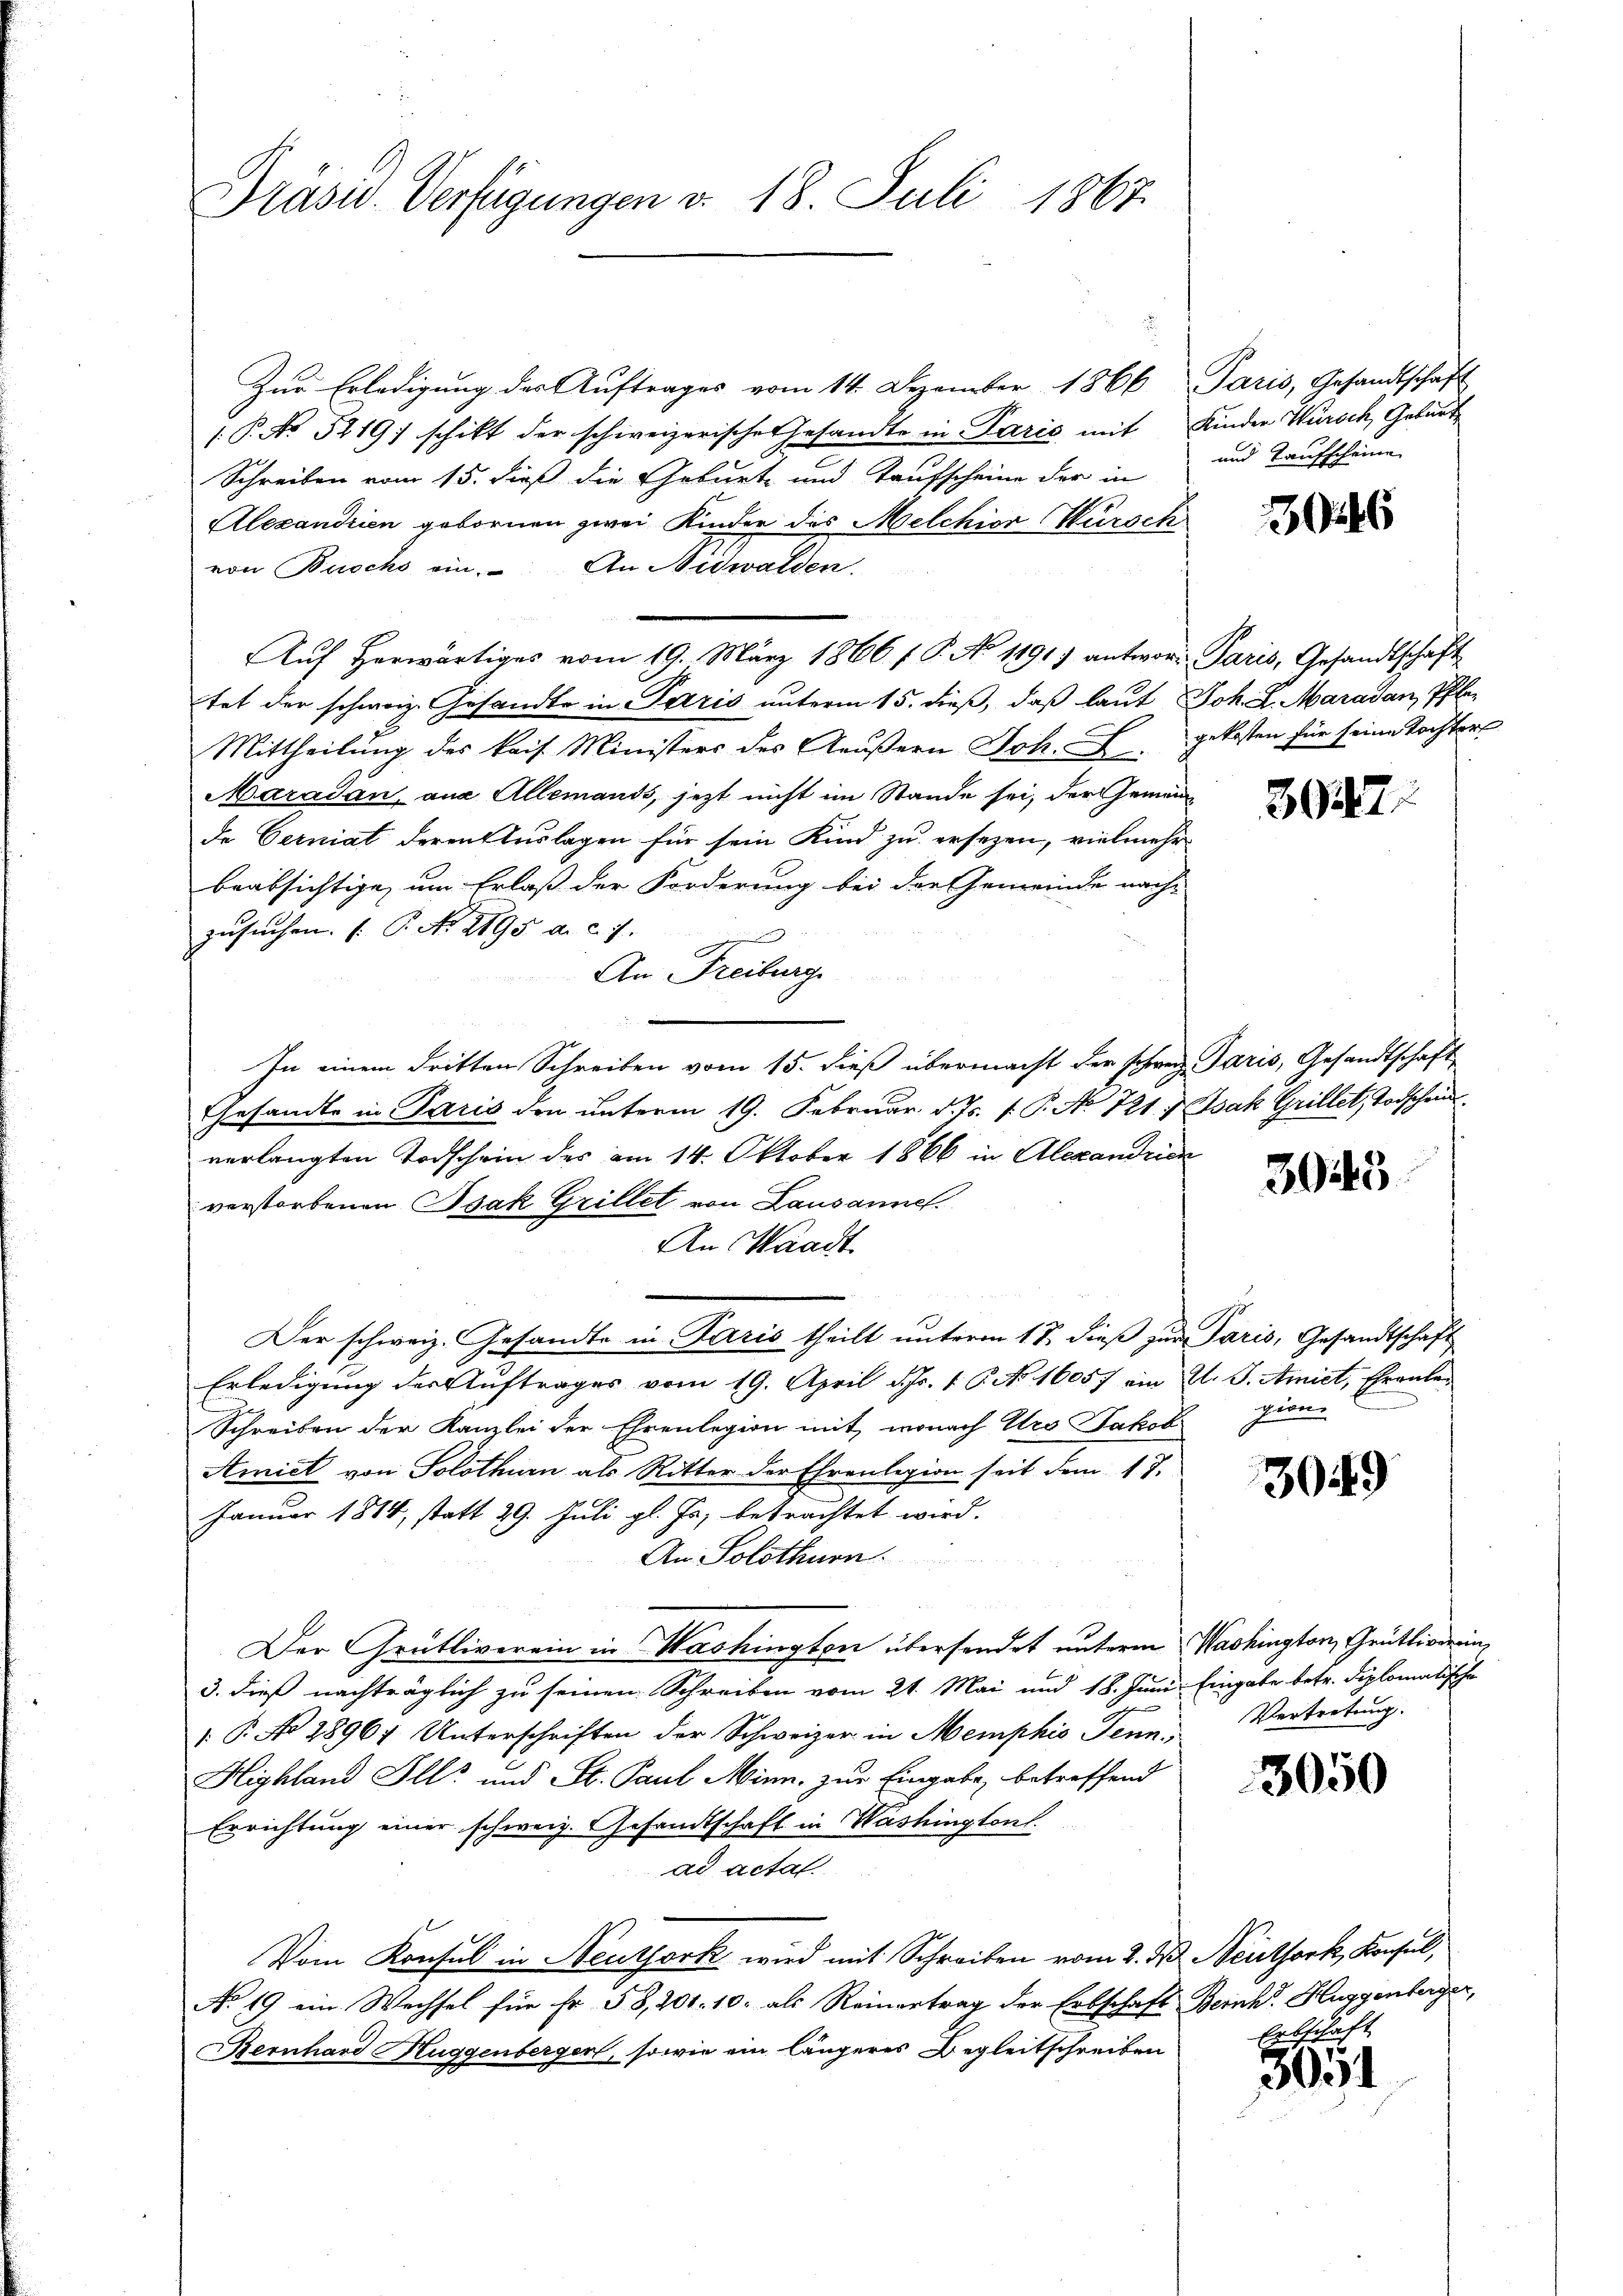
Präsid. Verfügungen v. 18. Juli 1867.

Zŭr Erledigŭng des Aŭftrages vom 14. Dezember 1866 Paris, Gesandtschaft
/. P. No 5219) schikt der schweizerische Gesandte in Paris mit Kinder Wursch, Geburt
Schreiben vom 15. dieß die Geburt und Taufscheine der in und Taufscheine
Alexandrien gebornen zwei Kinder des Melchior Würsch
von Buschs ein. An Nidwalden.
Aŭf herwärtiges vom 19. März 1866 f. P. No 11917 antwort Paris, Gesandtschaft
tet der schweiz. Gesandte in Paris unterm 15. dieß, daß laut Joh. L. Maradau, Pfle¬
Mittheilung des kais. Ministers des Aeußern Joh. F. gekosten für seine Tochter
Maradan, aus Allemands, jezt nicht im Stande sei, der Gemeinde Cerniat deren Auslagen für sein Kind zu ersezen, vielmehr
beabsichtige, um Erlaß der Forderung bei der Gemeinde nach-
zusuchen. (T. No. 1195 d. 27.
An Freiburg
In einem dritten Schreiben vom 15. dieß übermacht der schweiz. Paris, Gesandtschaft
Gesandte in Paris den unterm 19. Februar d. Js. v. P. Nr. 721. Isak Grillet, Todschein
verlangten Todschein des am 14. Oktober 1866 in Alexandrien
verstorbenen Isak Grillet von Lausanne.
An Waadt
Der schweiz. Gesandte in Paris theilt unterm 17. dieß zur Paris, Gesandtschaft
Erledigung der Auftrages vom 19. April d. Js. v. P. No. 16057 ein Al. J. Amiet, Ehrenla¬
Schreiben der Kanzlei der Ehrenlegion mit, wonach Urs Jakob zione
Amict von Solothurn als Ritter der Ehrenlegion seit dem 17.
Januar 1814, statt 29. Juli gl. Js. betrachtet wird.
An Solothurn.
Der Grütliverein in Washington übersendet unterm Washington, Grütliverein,
3. dieß nachträglich zu seinen Schreiben vom 21. Mai und 18. Juni. Eingabe betr. diplomatische
u
P Ao 18961 Unterschriften der Schweizer in Memphio Senn,
Highland Ill. und St. Paul Minn, zur Eingabe, betreffend
Errichtung einer schweiz. Gesandtschaft in Washingtonl.
ad actal
Vom Konsul in Neuthork wird mit Schreiben vom 2. d. Seitfork, Konsul,
No 19 ein Wechsel für Fr. 58, 201. 10. als Reinertrag der Erbschaft Bernh. Huggenberger,
Bernhard Huggenberger, sowie ein längeres Begleitschreiben

30246

3947.

3045

3049

Vertretung.

3050

Erbschaft
3054